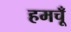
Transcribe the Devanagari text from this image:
हमचूँ